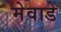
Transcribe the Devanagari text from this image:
मेवाडे